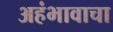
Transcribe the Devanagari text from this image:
अहंभावाचा